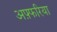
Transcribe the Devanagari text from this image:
अफ़्फरिया